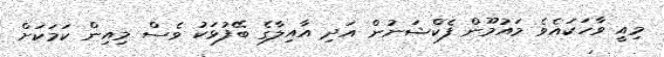
މިއީ ވާހަކައެވެ މައުމޫން ފެކްޝަނުން އަދި އާއިލާގެ ބޭފުޅަކު ވެސް މިއިން ކަމަކަށް